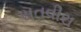
સતવીરા